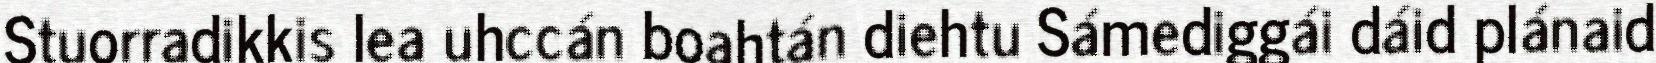
Stuorradikkis lea uhccán boahtán diehtu Sámediggái dáid plánaid